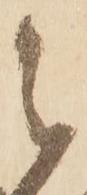
被